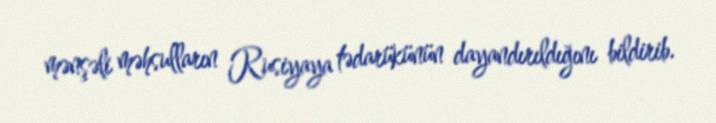
mənşəli məhsulların Rusiyaya tədarükünün dayandırıldığını bildirib.